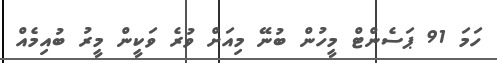
ހަމަ 91 ޕަސެންޓް މީހުން ބުނޭ މިއަށް ވުރެ ވަކީން މީރު ބުއިމެއް